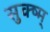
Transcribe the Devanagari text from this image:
सुक्ष्म्